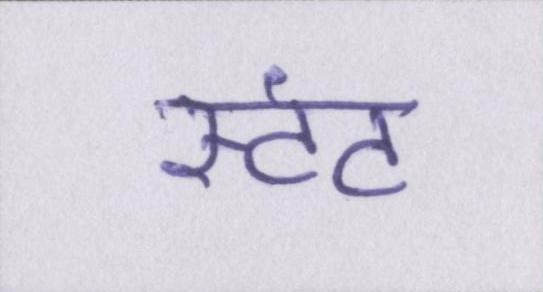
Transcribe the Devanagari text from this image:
स्टंट